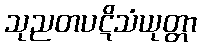
သုညတပဋိသံယုတ္တာ